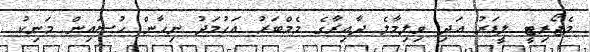
މެޖޯރިޓީ ލީޑަރު އަދި ވިލިމާލެ ދާއިރާގެ މެމްބަރު އަހުމަދު ނިހާން ހުސައިން މަނިކު